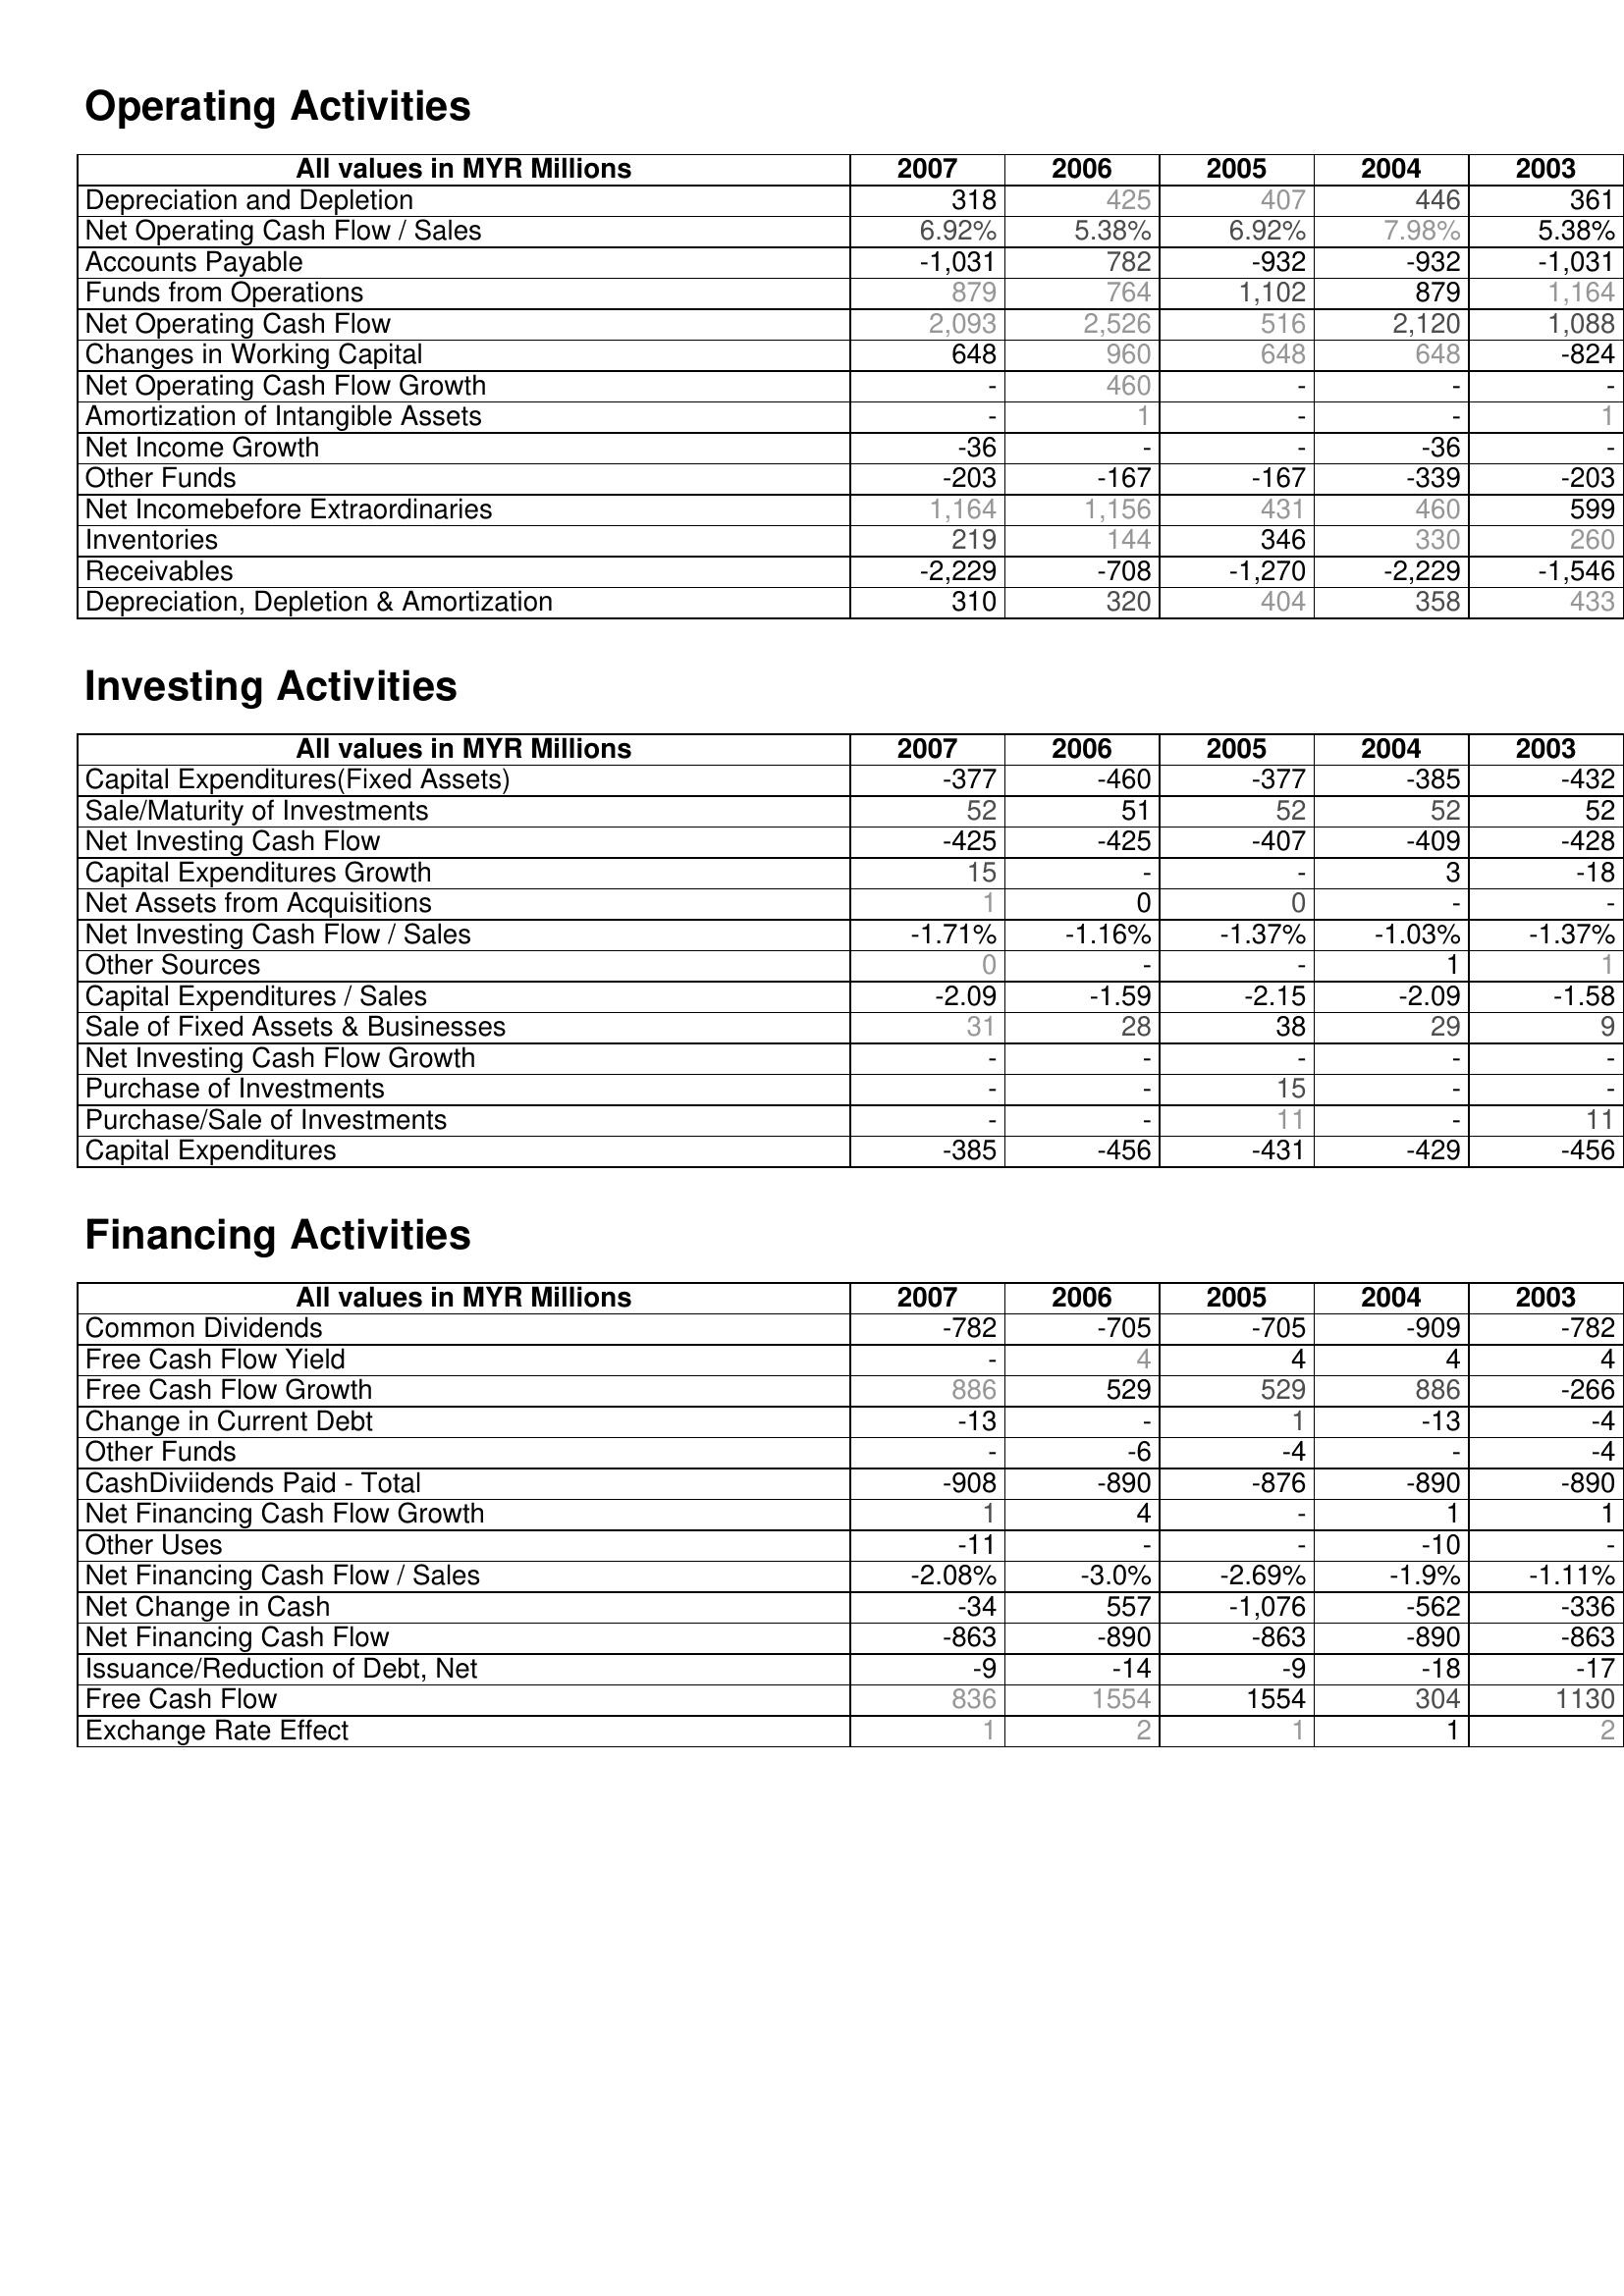
2007: Operating Activities: Depreciation and Depletion: 318
Net Operating Cash Flow / Sales: 6.92%
Accounts Payable: -1,031
Funds from Operations: 879
Net Operating Cash Flow: 2,093
Changes in Working Capital: 648
Net Operating Cash Flow Growth: -
Amortization of Intangible Assets: -
Net Income Growth: -36
Other Funds: -203
Net Incomebefore Extraordinaries: 1,164
Inventories: 219
Receivables: -2,229
Depreciation, Depletion & Amortization: 310
Investing Activities: Capital Expenditures(Fixed Assets): -377
Sale/Maturity of Investments: 52
Net Investing Cash Flow: -425
Capital Expenditures Growth: 15
Net Assets from Acquisitions: 1
Net Investing Cash Flow / Sales: -1.71%
Other Sources: 0
Capital Expenditures / Sales: -2.09
Sale of Fixed Assets & Businesses: 31
Net Investing Cash Flow Growth: -
Purchase of Investments: -
Purchase/Sale of Investments: -
Capital Expenditures: -385
Financing Activities: Common Dividends: -782
Free Cash Flow Yield: -
Free Cash Flow Growth: 886
Change in Current Debt: -13
Other Funds: -
CashDiviidends Paid - Total: -908
Net Financing Cash Flow Growth: 1
Other Uses: -11
Net Financing Cash Flow / Sales: -2.08%
Net Change in Cash: -34
Net Financing Cash Flow: -863
Issuance/Reduction of Debt, Net: -9
Free Cash Flow: 836
Exchange Rate Effect: 1
2006: Operating Activities: Depreciation and Depletion: 425
Net Operating Cash Flow / Sales: 5.38%
Accounts Payable: 782
Funds from Operations: 764
Net Operating Cash Flow: 2,526
Changes in Working Capital: 960
Net Operating Cash Flow Growth: 460
Amortization of Intangible Assets: 1
Net Income Growth: -
Other Funds: -167
Net Incomebefore Extraordinaries: 1,156
Inventories: 144
Receivables: -708
Depreciation, Depletion & Amortization: 320
Investing Activities: Capital Expenditures(Fixed Assets): -460
Sale/Maturity of Investments: 51
Net Investing Cash Flow: -425
Capital Expenditures Growth: -
Net Assets from Acquisitions: 0
Net Investing Cash Flow / Sales: -1.16%
Other Sources: -
Capital Expenditures / Sales: -1.59
Sale of Fixed Assets & Businesses: 28
Net Investing Cash Flow Growth: -
Purchase of Investments: -
Purchase/Sale of Investments: -
Capital Expenditures: -456
Financing Activities: Common Dividends: -705
Free Cash Flow Yield: 4
Free Cash Flow Growth: 529
Change in Current Debt: -
Other Funds: -6
CashDiviidends Paid - Total: -890
Net Financing Cash Flow Growth: 4
Other Uses: -
Net Financing Cash Flow / Sales: -3.0%
Net Change in Cash: 557
Net Financing Cash Flow: -890
Issuance/Reduction of Debt, Net: -14
Free Cash Flow: 1554
Exchange Rate Effect: 2
2005: Operating Activities: Depreciation and Depletion: 407
Net Operating Cash Flow / Sales: 6.92%
Accounts Payable: -932
Funds from Operations: 1,102
Net Operating Cash Flow: 516
Changes in Working Capital: 648
Net Operating Cash Flow Growth: -
Amortization of Intangible Assets: -
Net Income Growth: -
Other Funds: -167
Net Incomebefore Extraordinaries: 431
Inventories: 346
Receivables: -1,270
Depreciation, Depletion & Amortization: 404
Investing Activities: Capital Expenditures(Fixed Assets): -377
Sale/Maturity of Investments: 52
Net Investing Cash Flow: -407
Capital Expenditures Growth: -
Net Assets from Acquisitions: 0
Net Investing Cash Flow / Sales: -1.37%
Other Sources: -
Capital Expenditures / Sales: -2.15
Sale of Fixed Assets & Businesses: 38
Net Investing Cash Flow Growth: -
Purchase of Investments: 15
Purchase/Sale of Investments: 11
Capital Expenditures: -431
Financing Activities: Common Dividends: -705
Free Cash Flow Yield: 4
Free Cash Flow Growth: 529
Change in Current Debt: 1
Other Funds: -4
CashDiviidends Paid - Total: -876
Net Financing Cash Flow Growth: -
Other Uses: -
Net Financing Cash Flow / Sales: -2.69%
Net Change in Cash: -1,076
Net Financing Cash Flow: -863
Issuance/Reduction of Debt, Net: -9
Free Cash Flow: 1554
Exchange Rate Effect: 1
2004: Operating Activities: Depreciation and Depletion: 446
Net Operating Cash Flow / Sales: 7.98%
Accounts Payable: -932
Funds from Operations: 879
Net Operating Cash Flow: 2,120
Changes in Working Capital: 648
Net Operating Cash Flow Growth: -
Amortization of Intangible Assets: -
Net Income Growth: -36
Other Funds: -339
Net Incomebefore Extraordinaries: 460
Inventories: 330
Receivables: -2,229
Depreciation, Depletion & Amortization: 358
Investing Activities: Capital Expenditures(Fixed Assets): -385
Sale/Maturity of Investments: 52
Net Investing Cash Flow: -409
Capital Expenditures Growth: 3
Net Assets from Acquisitions: -
Net Investing Cash Flow / Sales: -1.03%
Other Sources: 1
Capital Expenditures / Sales: -2.09
Sale of Fixed Assets & Businesses: 29
Net Investing Cash Flow Growth: -
Purchase of Investments: -
Purchase/Sale of Investments: -
Capital Expenditures: -429
Financing Activities: Common Dividends: -909
Free Cash Flow Yield: 4
Free Cash Flow Growth: 886
Change in Current Debt: -13
Other Funds: -
CashDiviidends Paid - Total: -890
Net Financing Cash Flow Growth: 1
Other Uses: -10
Net Financing Cash Flow / Sales: -1.9%
Net Change in Cash: -562
Net Financing Cash Flow: -890
Issuance/Reduction of Debt, Net: -18
Free Cash Flow: 304
Exchange Rate Effect: 1
2003: Operating Activities: Depreciation and Depletion: 361
Net Operating Cash Flow / Sales: 5.38%
Accounts Payable: -1,031
Funds from Operations: 1,164
Net Operating Cash Flow: 1,088
Changes in Working Capital: -824
Net Operating Cash Flow Growth: -
Amortization of Intangible Assets: 1
Net Income Growth: -
Other Funds: -203
Net Incomebefore Extraordinaries: 599
Inventories: 260
Receivables: -1,546
Depreciation, Depletion & Amortization: 433
Investing Activities: Capital Expenditures(Fixed Assets): -432
Sale/Maturity of Investments: 52
Net Investing Cash Flow: -428
Capital Expenditures Growth: -18
Net Assets from Acquisitions: -
Net Investing Cash Flow / Sales: -1.37%
Other Sources: 1
Capital Expenditures / Sales: -1.58
Sale of Fixed Assets & Businesses: 9
Net Investing Cash Flow Growth: -
Purchase of Investments: -
Purchase/Sale of Investments: 11
Capital Expenditures: -456
Financing Activities: Common Dividends: -782
Free Cash Flow Yield: 4
Free Cash Flow Growth: -266
Change in Current Debt: -4
Other Funds: -4
CashDiviidends Paid - Total: -890
Net Financing Cash Flow Growth: 1
Other Uses: -
Net Financing Cash Flow / Sales: -1.11%
Net Change in Cash: -336
Net Financing Cash Flow: -863
Issuance/Reduction of Debt, Net: -17
Free Cash Flow: 1130
Exchange Rate Effect: 2